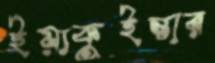
ইয়াকুইন্তার